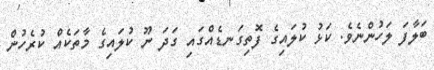
ބަލާފަ ލަހުންނެވެ. ކަޅު ކުލައިގެ ފޮތިގަނޑެއްގައި ގަދަ ނޫ ކުލައިގެ މާތަކެއް ކުރެހުން